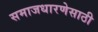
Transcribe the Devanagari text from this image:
समाजधारणेसाठी